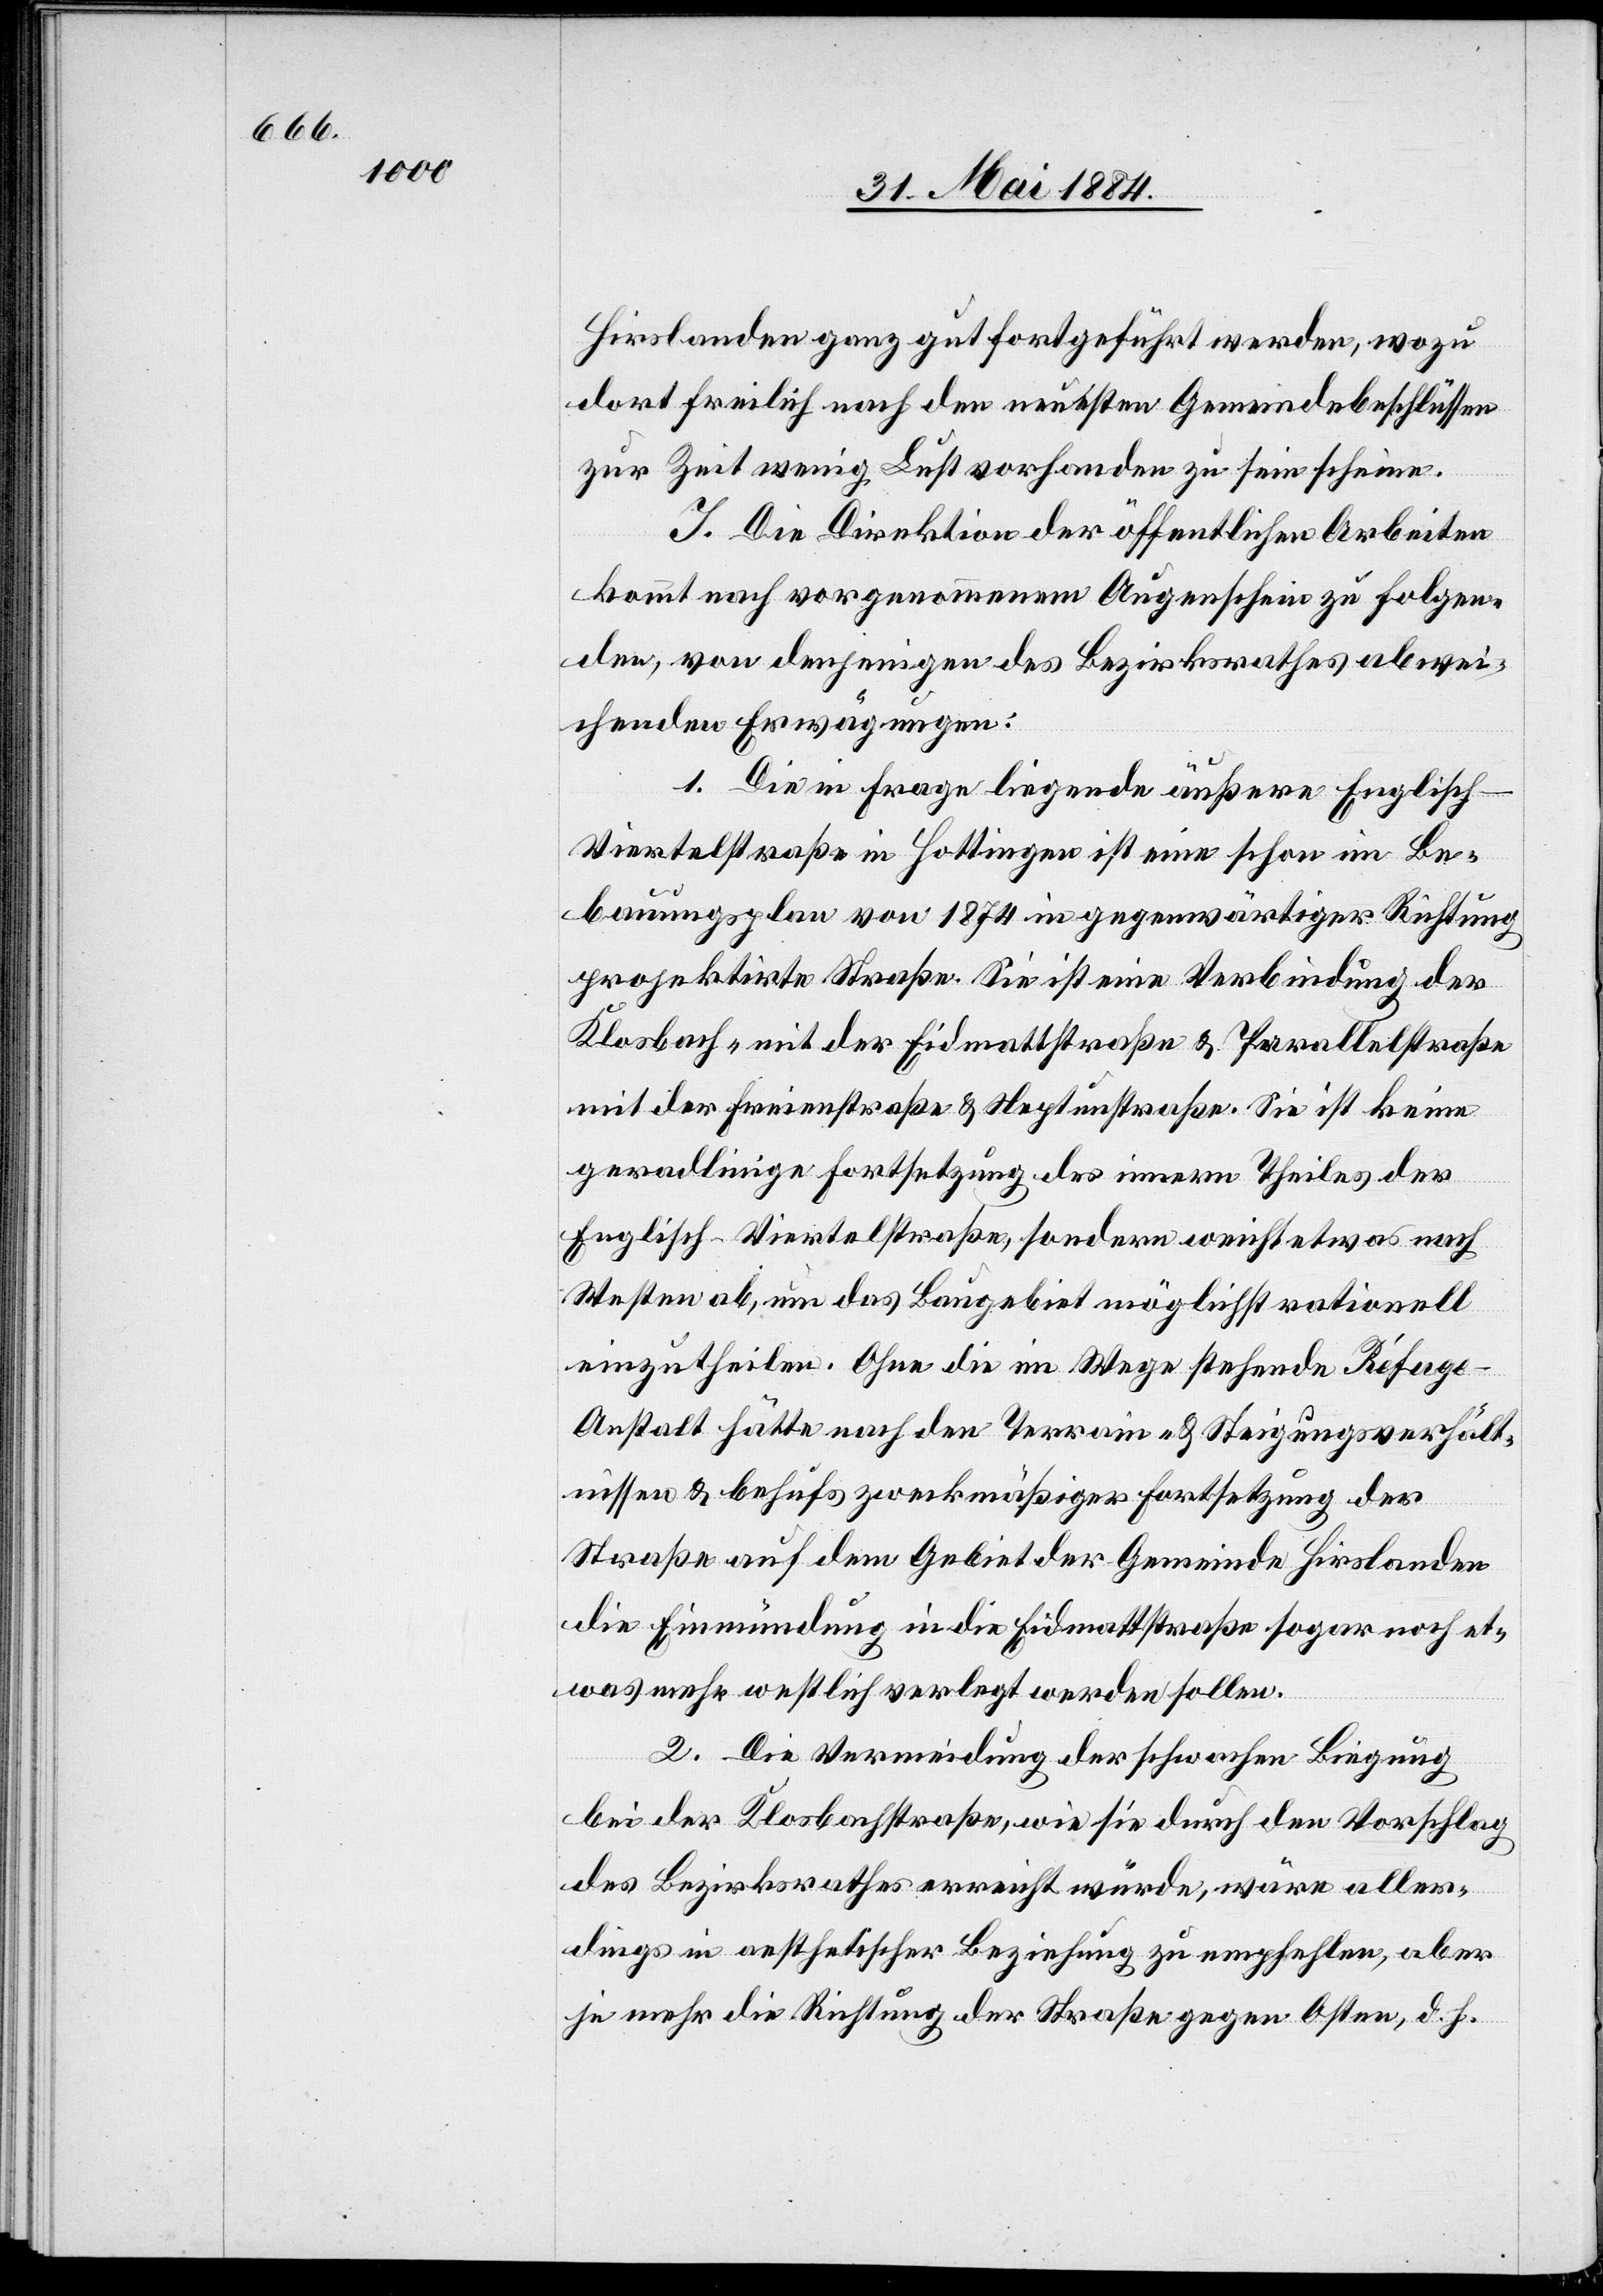
Hirslanden ganz gut fortgeführt werden, wozu
dort freilich nach den neuesten Gemeindebeschlüssen
zur Zeit wenig Lust vorhanden zu sein scheine.
J. Die Direktion der öffentlichen Arbeiten
kommt nach vorgenommenem Augenschein zu folgen¬
den, von denjenigen des Bezirksrathes abwei¬
chenden Erwägungen:
1. Die in Frage liegende äußere Englisch-V¬
iertelstraße in Hottingen ist eine schon im Be¬
bauungsplan von 1874 in gegenwärtiger Richtung
projektirte Straße. Sie ist eine Verbindung der
Klosbach- mit der Eidmattstraße & Parallelstraße
mit der Freienstraße & Neptunstraße. Sie ist keine
geradlinige Fortsetzung des innern Theiles der
Englisch-Viertelstraße, sondern weist etwas nach
Westen ab, um das Baugebiet möglichst rationell
einzutheilen. Ohne die im Wege stehende Réfug¬
e-Anstalt hätte nach den Terrain- & Steigungsverhält¬
nissen & behufs zweckmäßiger Forstsetzung der
Straße auf dem Gebiet der Gemeinde Hirslanden
die Einmündung in die Eidmattstraße sogar noch et¬
was mehr westlich verlegt werden sollen.
2. Die Verminderung der schwachen Biegung
bei der Klosbachstraße, wie sie durch den Vorschlag
des Bezirksrathes erreicht würde, wäre aller¬
dings in oestlicher Beziehung zu empfehlen, aber
je mehr die Richtung der Straße gegen Osten, d. h.